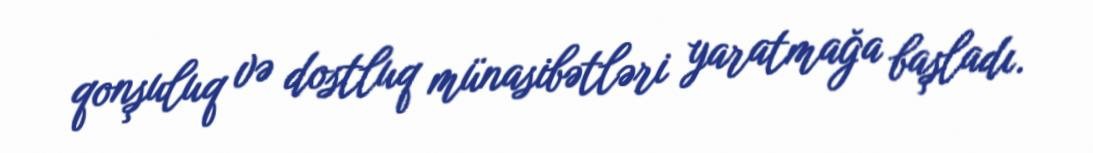
qonşuluq və dostluq münasibətləri yaratmağa başladı.